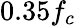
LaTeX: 0.35f_{c}